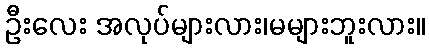
ဦးလေး အလုပ်များလား၊မများဘူးလား။